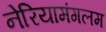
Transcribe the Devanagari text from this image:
नेरियामंगलम